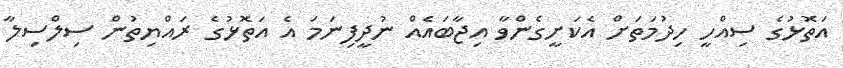
އަތޮޅުގެ ސިއްހީ ހިދުމަތަށް އެކަށީގެންވާ އިޖާބައެއް ނުދީފިނަމަ އެ އަތޮޅުގެ ރައްޔިތުން ސިލްސިލާ